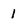
Character: 1